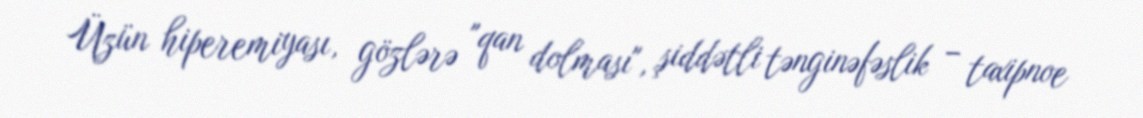
Üzün hiperemiyası, gözlərə "qan dolması", şiddətli tənginəfəslik – taxipnoe